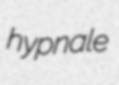
hypnale